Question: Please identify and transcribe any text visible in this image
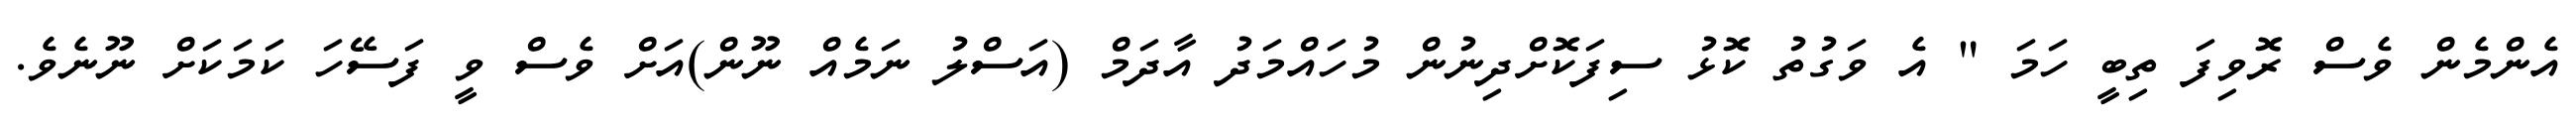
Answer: އެންމެން ވެސް ރޮވިފަ ތިބީ ހަމަ " އެ ވަގުތު ކޮޅު ސިފަކޮށްދިނުން މުހައްމަދު އާދަމް (އަސްލު ނަމެއް ނޫން)އަށް ވެސް ވީ ފަސޭހަ ކަމަކަށް ނޫނެވެ.